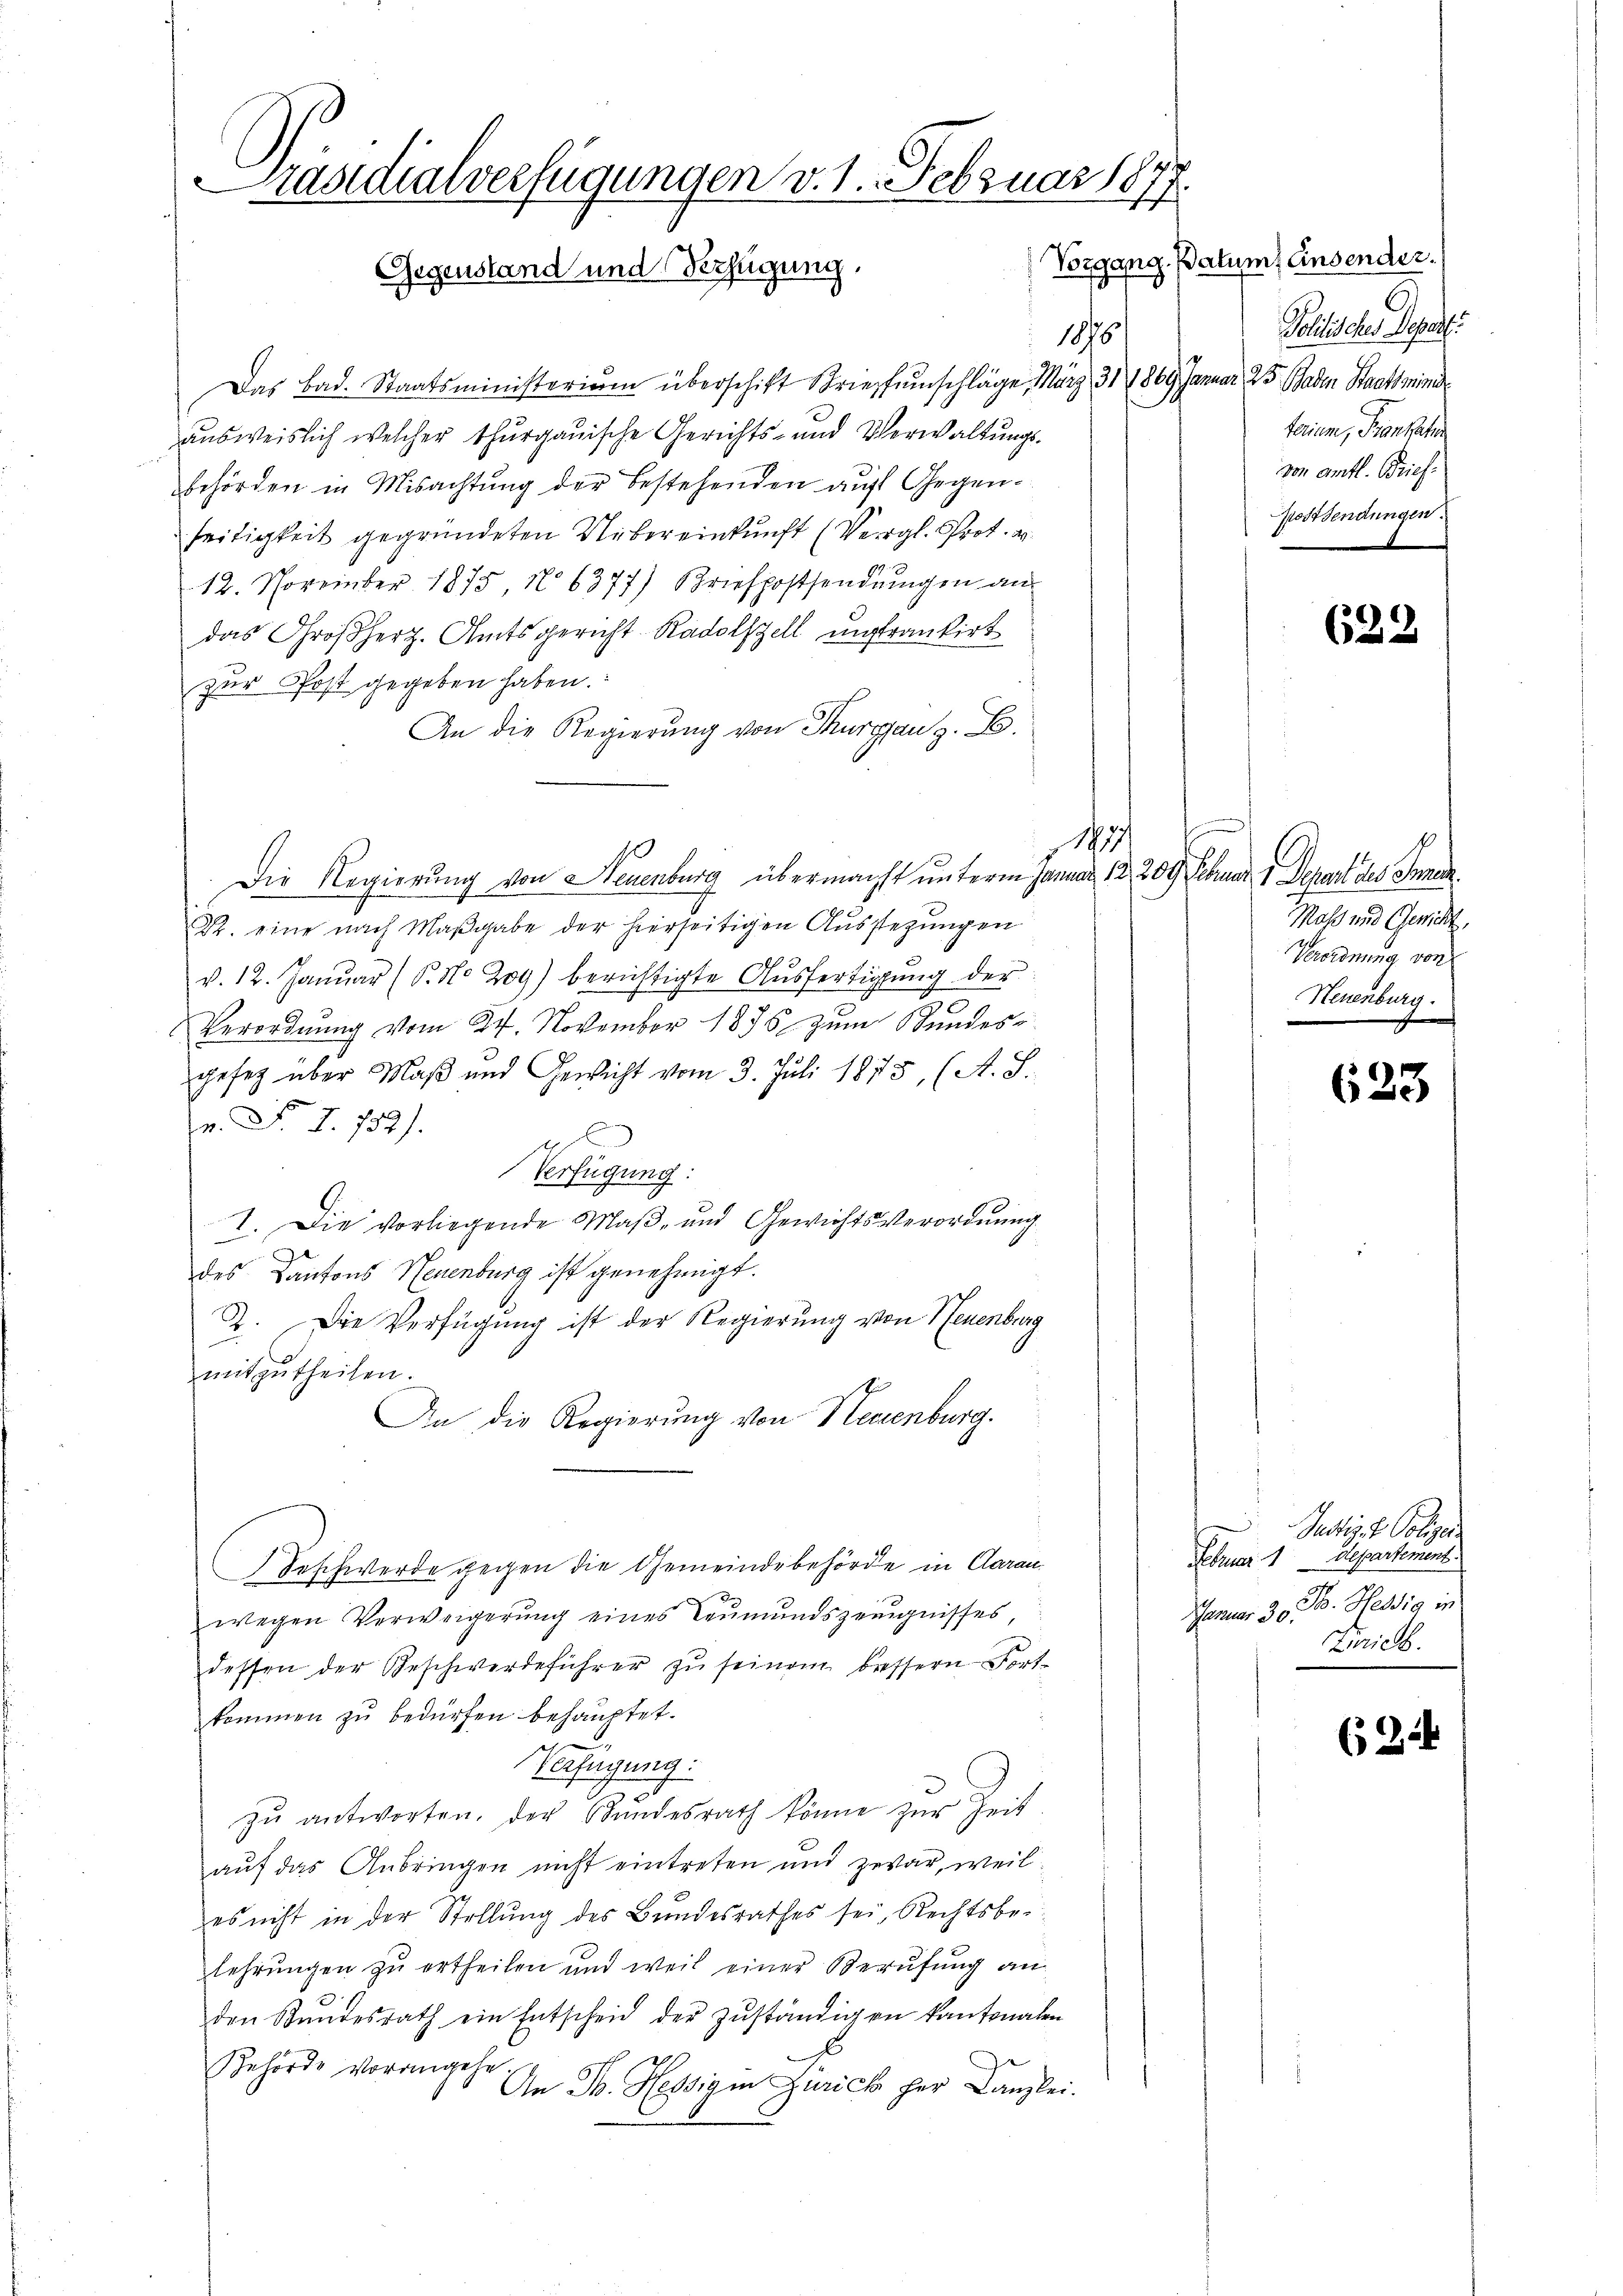
Präsidialverfügungen v. 1. Februar 187.
¬
Vorgang. Patum, Einsender.
Gegenstand und Verfügung.

1876
u
Das Bad. Staatsministerium überschift Brieffenschläge, März 31 1869 Januar 25 Baden Staatsminis
ausweislich welcher thurgauische Gerichts- und Verwaltungsbehörden in Misachtung der Bestehenden auf Gegenseitigkeit gegründeten Uebereinkunft (Vergl. Prot. v.
12. November 1875, No 6377) Briefpostsendungen an
das Großherz. Amtsgericht Radolszell ungrankirt
zur Post gegeben haben.
An die Regierung von Thurgau z. B.
13
Die Regierung von Neuenburg übermacht unterm Januar 12. 209 Februar 4 Separt des Inne
R. eine nach Maßgabe der hierseitigen Ausstehungen
v. 12. Januar (P.No Zog) berichtigte Ausfertigung der
Verordnung vom 24. November 1878 zum Bundes-
gefeg über Maß und Gewicht vom 3. Juli 1875, (A. S.
n. F. I. 752).
Verfügung:
I. Die vorliegende Maß- und Gewichtsverordnung
des Kantons Neuenburg ist genehmigt.
2. Die Verfügung ist der Regierung von Neuenburg
mitzutheilen.
An die Regierung von Neuenburg.
Beschwerde gegen die Gemeindebehörde in Aarau
Januar 30.
wegen Verweigerung eines Leumundszeugnisses
dessen der Geschwerdeführer zŭ seinem bessern Fort-
kommen zu bedürfen behauptet.
Verfügung:
zŭ antworten. Der Bŭndesrath könne zŭr Zeit
auf das Anbringen nicht eintreten und zwar, weil
es nicht in der Stellung des Bundesrathes sei, Rechtsbeilehrungen zu ertheilen und weil einer Berufung an
den Stŭndesrath ein Entscheid der zŭständigen kantonalen
Behörde vorangehe
An B. Hessig in Zürich her Kanzlei.

Politisches Depart
teien, Frankhe
von amtl. Brief
Postsendungen.

622

Mal und Gewicht,
Verordnung von
Neuenburg.

623

Justig. v. Polizei
Februar 1 Departement.
F. Hessig in
Trieb.

(2